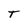
Character: T